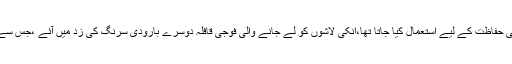
اس مورچے کو قافلے کی حفاظت کے لیے استعمال کیا جاتا تھا،انکی لاشوں کو لے جانے والی فوجی قافلہ دوسرے بارودی سرنگ کی زد میں آئے ،جس سے انکے تین اہلکار ہوئے۔